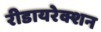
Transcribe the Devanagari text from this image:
रीडायरेक्शन